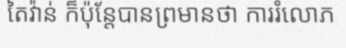
តៃវ៉ាន់ ក៏ប៉ុន្តែបានព្រមានថា ការរំលោភ